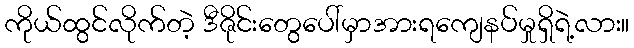
ကိုယ်ထွင်လိုက်တဲ့ ဒီဇိုင်းတွေပေါ်မှာအားရကျေနပ်မှုရှိရဲ့လား။